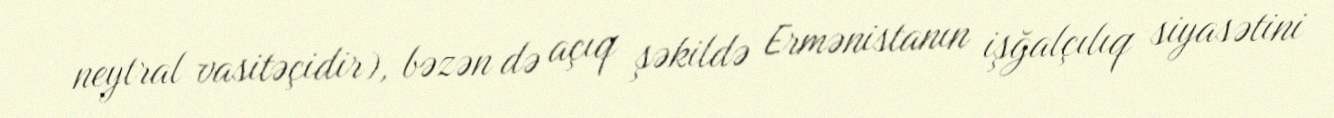
neytral vasitəçidir), bəzən də açıq şəkildə Ermənistanın işğalçılıq siyasətini